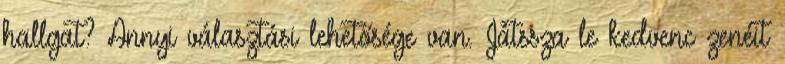
hallgat? Annyi választási lehetősége van. Játssza le kedvenc zenéit